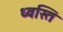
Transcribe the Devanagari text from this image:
ध्वस्ति